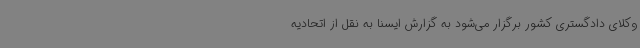
وکلای دادگستری کشور برگزار می‌شود به گزارش ایسنا به نقل از اتحادیه